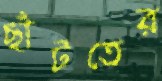
ছাঁটতের